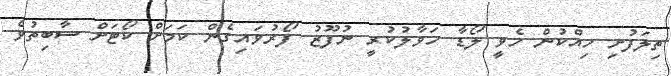
ތިލަފުށި ހިއްކުން ހެވީ ލޯޑާ ހަވާލުކުރީ ނުފޫޒު ފޯރުވައިގެން ކަމަށް ކޯޓަށް ސާބިތުވެ